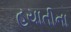
હયાતીના